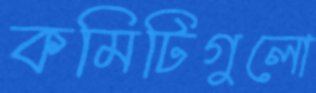
কমিটিগুলো